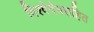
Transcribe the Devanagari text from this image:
विश्वेदेवसहित